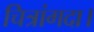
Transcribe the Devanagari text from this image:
चित्रांगदा।